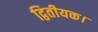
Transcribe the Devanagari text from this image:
द्वितीयक।